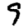
Digit: 9